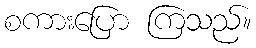
စကားပြော ကြသည်။